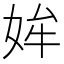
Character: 㛌